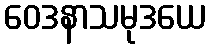
ဝေဒနာသမုဒယေ